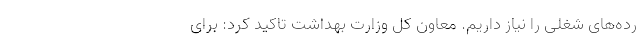
رده‌های شغلی را نیاز داریم. معاون کل وزارت بهداشت تاکید کرد: برای